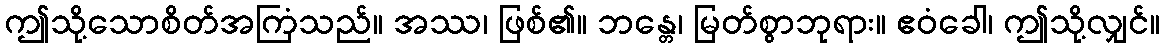
ဤသို့သောစိတ်အကြံသည်။ အဿ၊ ဖြစ်၏။ ဘန္တေ၊ မြတ်စွာဘုရား။ ဧဝံခေါ၊ ဤသို့လျှင်။